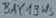
Text: BAY19WS